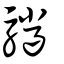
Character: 𩧆